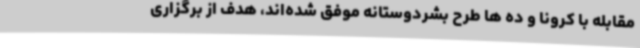
مقابله با کرونا و ده ها طرح بشردوستانه موفق شده‌اند، هدف از برگزاری